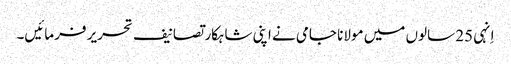
اِنہی 25 سالوں میں مولانا جامی نے اپنی شاہکار تصانیف تحریر فرمائیں۔